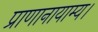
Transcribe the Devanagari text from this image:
प्राणानायाम्य।